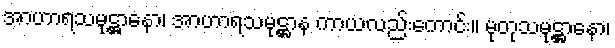
အာဟာရသမုဋ္ဌာနော၊ အာဟာရသမုဋ္ဌာန ကာယလည်းကောင်း။ မုတုသမုဋ္ဌာနော၊